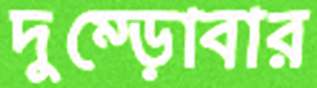
দুম্‌ড়োবার